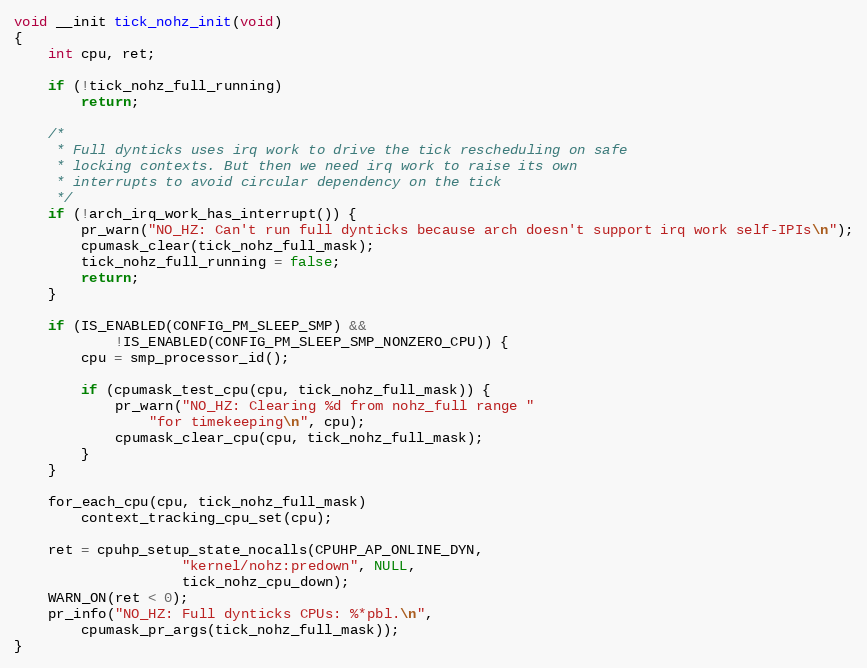
Language: C
void __init tick_nohz_init(void)
{
	int cpu, ret;

	if (!tick_nohz_full_running)
		return;

	/*
	 * Full dynticks uses irq work to drive the tick rescheduling on safe
	 * locking contexts. But then we need irq work to raise its own
	 * interrupts to avoid circular dependency on the tick
	 */
	if (!arch_irq_work_has_interrupt()) {
		pr_warn("NO_HZ: Can't run full dynticks because arch doesn't support irq work self-IPIs\n");
		cpumask_clear(tick_nohz_full_mask);
		tick_nohz_full_running = false;
		return;
	}

	if (IS_ENABLED(CONFIG_PM_SLEEP_SMP) &&
			!IS_ENABLED(CONFIG_PM_SLEEP_SMP_NONZERO_CPU)) {
		cpu = smp_processor_id();

		if (cpumask_test_cpu(cpu, tick_nohz_full_mask)) {
			pr_warn("NO_HZ: Clearing %d from nohz_full range "
				"for timekeeping\n", cpu);
			cpumask_clear_cpu(cpu, tick_nohz_full_mask);
		}
	}

	for_each_cpu(cpu, tick_nohz_full_mask)
		context_tracking_cpu_set(cpu);

	ret = cpuhp_setup_state_nocalls(CPUHP_AP_ONLINE_DYN,
					"kernel/nohz:predown", NULL,
					tick_nohz_cpu_down);
	WARN_ON(ret < 0);
	pr_info("NO_HZ: Full dynticks CPUs: %*pbl.\n",
		cpumask_pr_args(tick_nohz_full_mask));
}